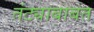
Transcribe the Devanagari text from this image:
तंट्याबाबत